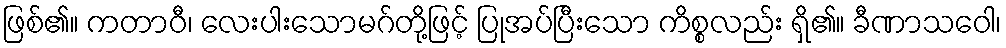
ဖြစ်၏။ ကတာဝီ၊ လေးပါးသောမဂ်တို့ဖြင့် ပြုအပ်ပြီးသော ကိစ္စလည်း ရှိ၏။ ခီဏာသဝေါ၊